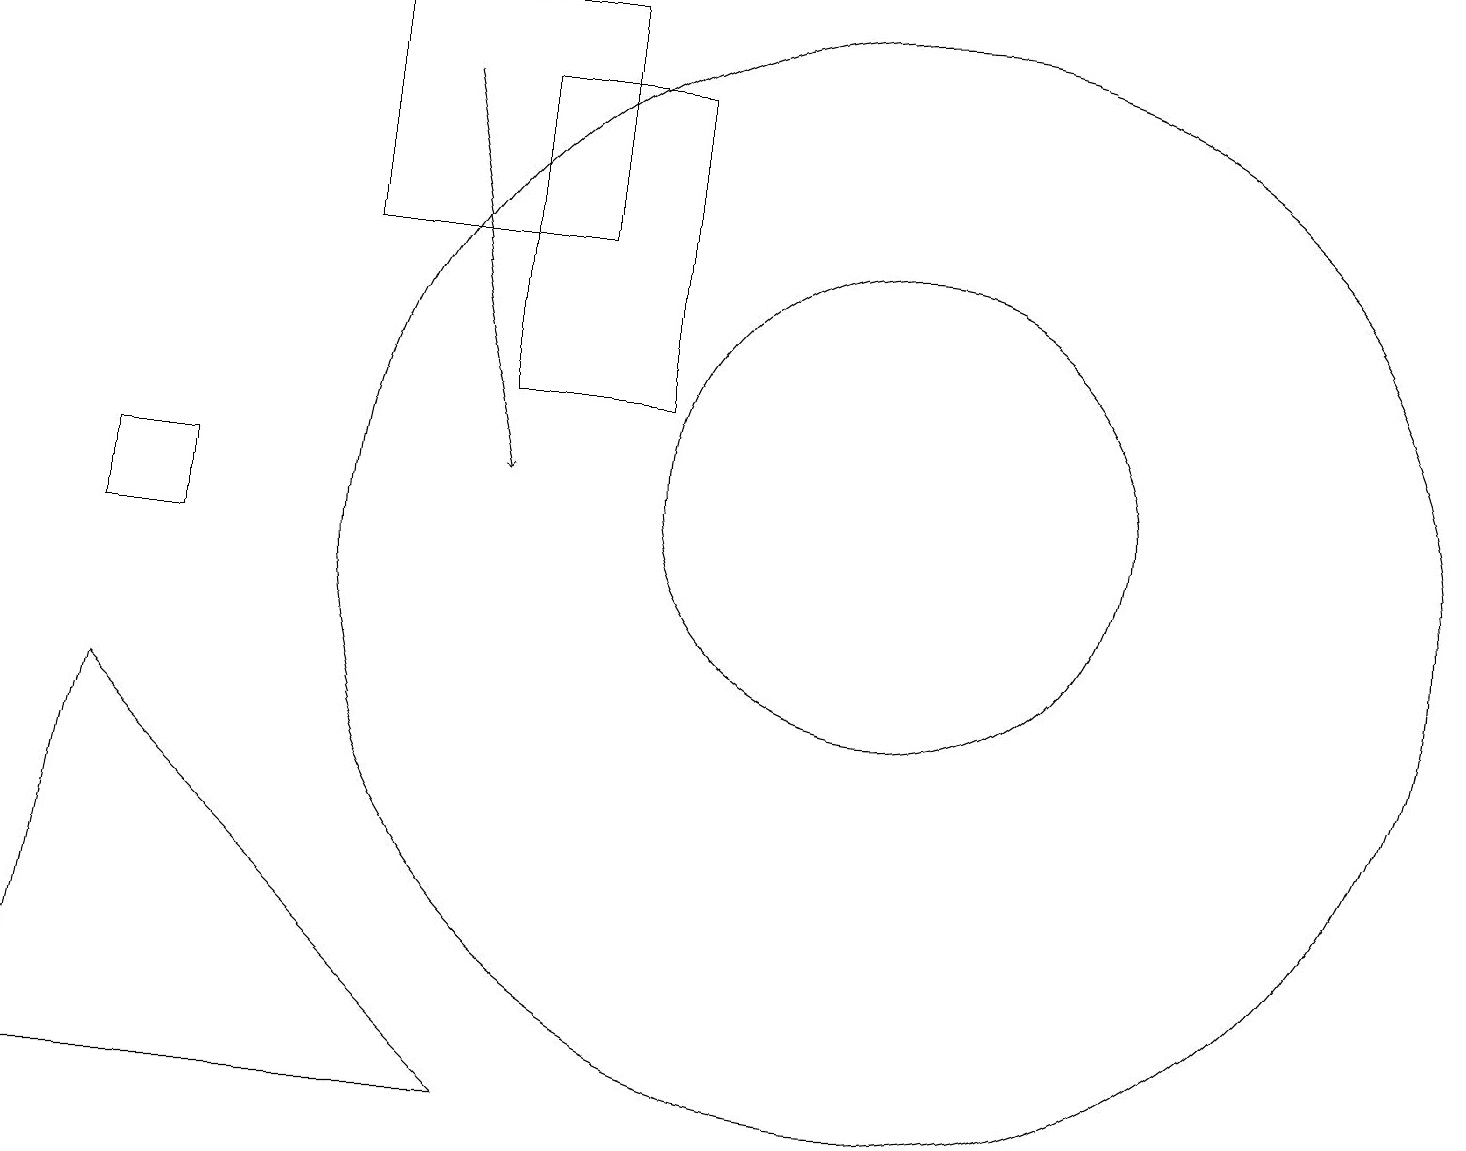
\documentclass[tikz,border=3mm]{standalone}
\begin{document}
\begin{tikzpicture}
\draw (2,11) rectangle (1,10);
\draw (11,11) circle (3);
\draw[->] (5,16) -- (6,11);
\draw (11,11) circle (0);
\draw (8,12) rectangle (6,16);
\draw (7,17) rectangle (4,14);
\draw (6,3) -- (0,3) -- (1,8) -- cycle;
\draw (11,10) circle (7);
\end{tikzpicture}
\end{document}